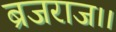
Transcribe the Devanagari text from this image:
ब्रजराज।।